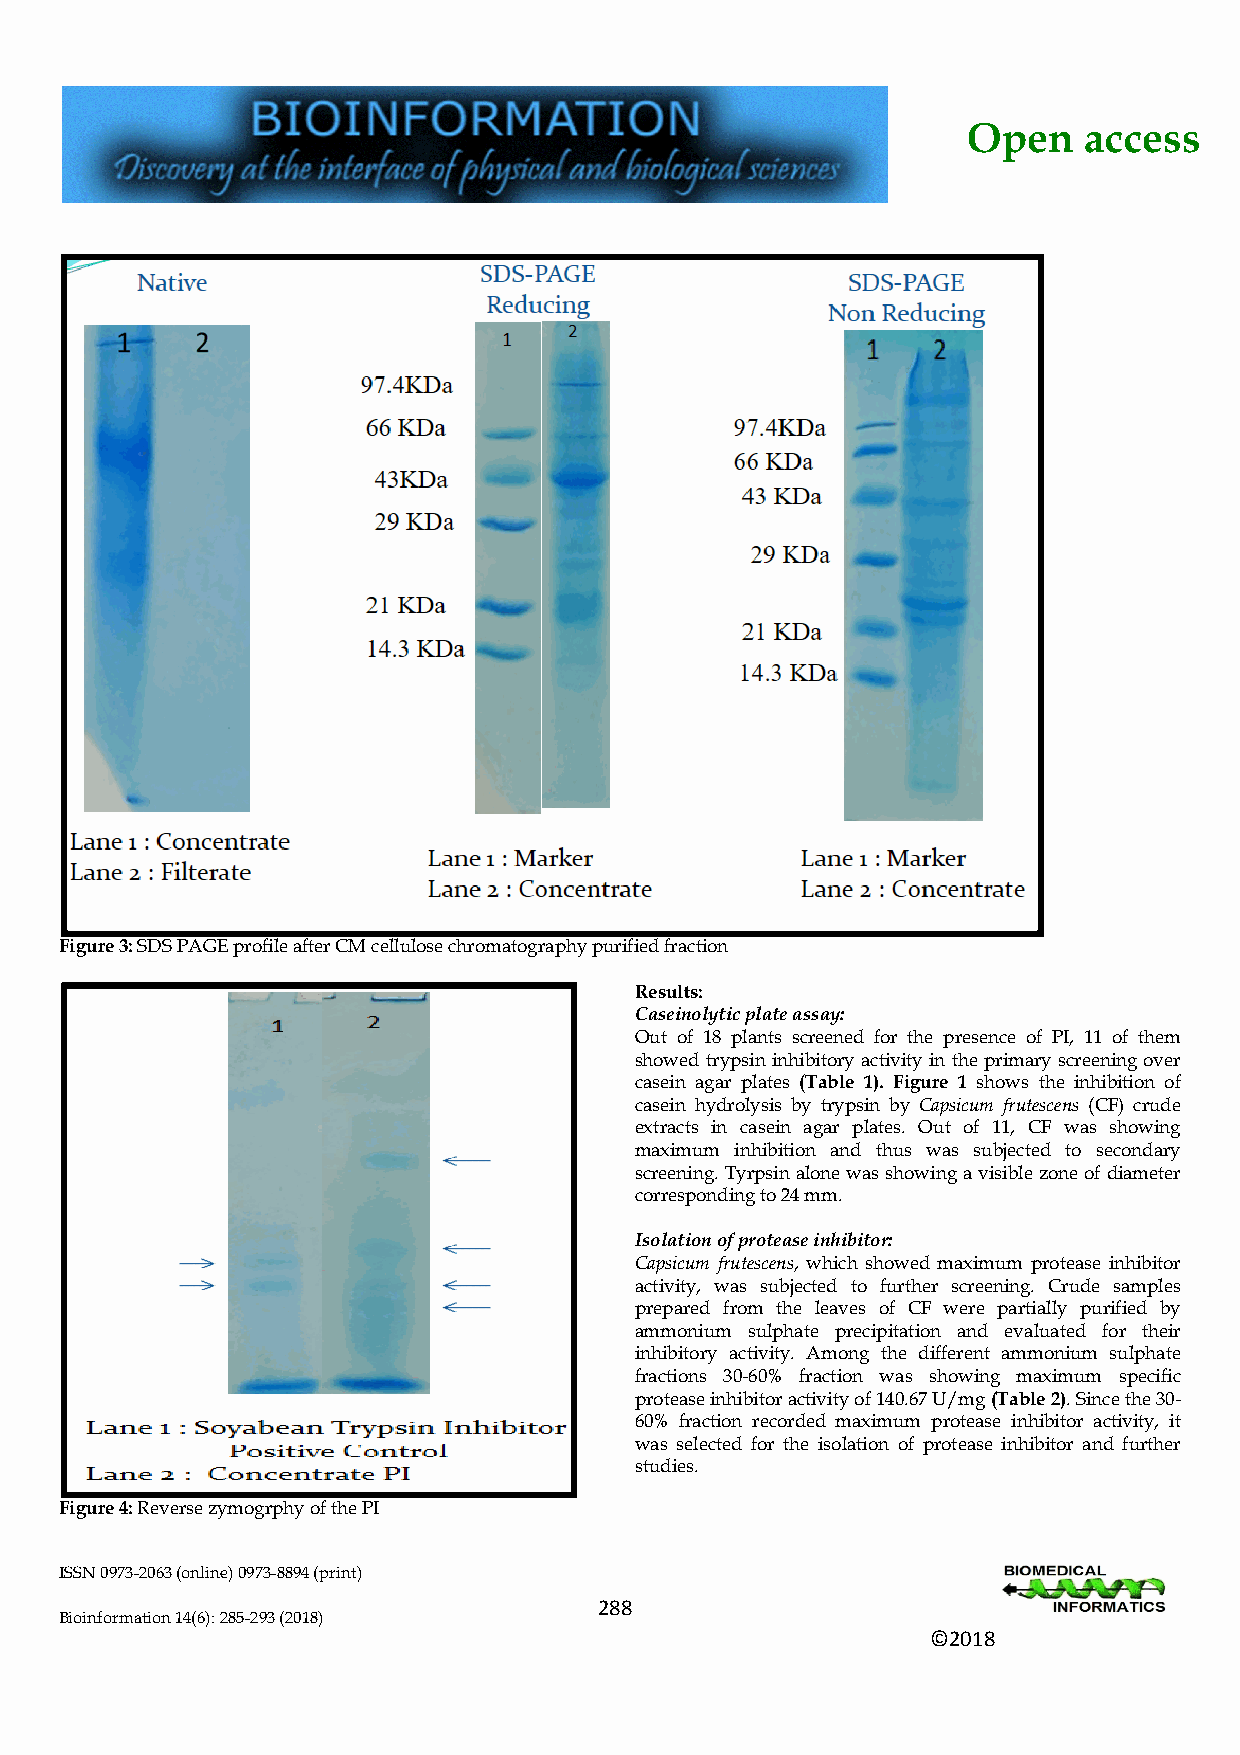
Open    access
 Figure 3: SDS PAGE profile after CM cellulose chromatography purified fraction
 Results:
 Caseinolytic plate assay:
 Out of 18 plants screened for the presence of PI, 11 of them
 showed trypsin inhibitory activity in the primary screening over
 casein agar plates (Table 1). Figure 1 shows the inhibition of
 casein hydrolysis by trypsin by Capsicum frutescens (CF) crude
 extracts in casein agar plates. Out of 11, CF was showing
 maximum inhibition and thus was subjected to secondary
 screening. Tyrpsin alone was showing a visible zone of diameter
 corresponding to 24 mm.
 Isolation of protease inhibitor:
 Capsicum frutescens, which showed maximum protease inhibitor
 activity, was subjected to further screening. Crude samples
 prepared from the leaves of CF were partially purified by
 ammonium sulphate precipitation and evaluated for their
 inhibitory activity. Among the different ammonium sulphate
 fractions 30-60% fraction was showing maximum specific
 protease inhibitor activity of 140.67 U/mg (Table 2). Since the 30-
 60% fraction recorded maximum protease inhibitor activity, it
 was selected for the isolation of protease inhibitor and further
 studies.
 Figure 4: Reverse zymogrphy of the PI
 ISSN 0973-2063 (online) 0973-8894 (print)
 2 88
 Bioinformation 14(6): 285-293 (2018)
 ©2018